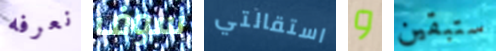
نعرفه سوف استقالتي و ستبقين